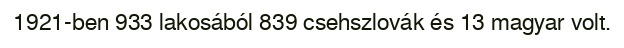
1921-ben 933 lakosából 839 csehszlovák és 13 magyar volt.